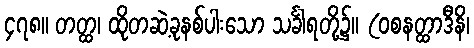
၄၇၈။ တတ္ထ၊ ထိုတဆဲ့ခုနစ်ပါးသော သင်္ခါရတို့၌။ (ဝစနတ္ထာဒီနိ၊